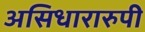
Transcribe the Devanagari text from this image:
असिधारारुपी